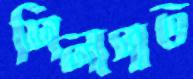
শিলাপাত